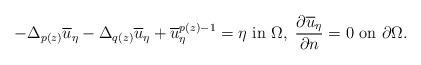
LaTeX: \begin{align*} -\Delta_{p(z)} \overline{u}_\eta -\Delta_{q(z)} \overline{u}_\eta+ \overline{u}_\eta^{p(z)-1}=\eta \mbox{ in }\Omega,\;\frac{\partial \overline{u}_\eta}{\partial n}=0 \mbox{ on }\partial\Omega.\end{align*}